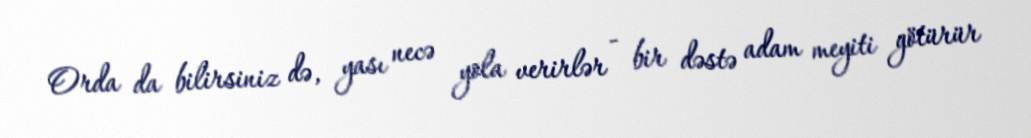
Orda da bilirsiniz də, yası necə yola verirlər - bir dəstə adam meyiti götürür